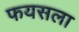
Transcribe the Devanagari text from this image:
फयसला